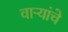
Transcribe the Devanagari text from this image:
वाऱ्यांचे